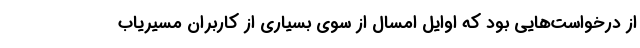
از درخواست‌هایی بود که اوایل امسال از سوی بسیاری از کاربران مسیریاب